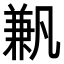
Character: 𠔮